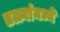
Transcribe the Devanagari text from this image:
तळ्यांमध्ये